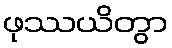
ဖုဿယိတွာ